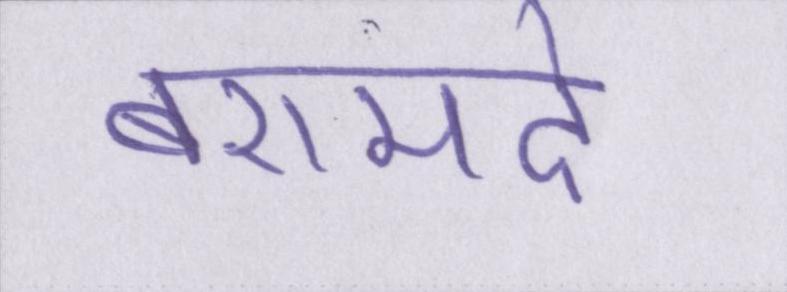
बरामदे